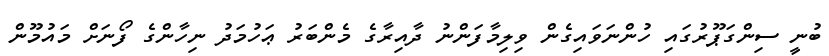
ބުނީ ސިންގަޕޫރުގައި ހުންނަވައިގެން ވިލިމާފަންނު ދާއިރާގެ މެންބަރު ޢަހުމަދު ނިހާންގެ ފޯނަށް މައުމޫން